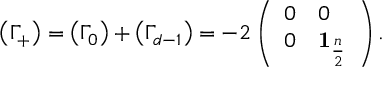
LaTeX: \left( \Gamma _ { + } \right) = \left( \Gamma _ { 0 } \right) + \left( \Gamma _ { d - 1 } \right) = - 2 \left( \begin{array} { l l } { { 0 } } & { { 0 } } \\ { { 0 } } & { { \mathbf { 1 } _ { \frac { n } { 2 } } } } \end{array} \right) .